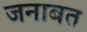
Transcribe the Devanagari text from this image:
जनाबत